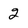
Character: 2